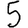
Digit: 5